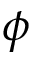
\phi